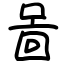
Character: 啚